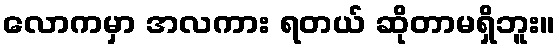
လောကမှာ အလကား ရတယ် ဆိုတာမရှိဘူး။